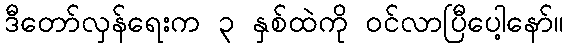
ဒီတော်လှန်ရေးက ၃ နှစ်ထဲကို ဝင်လာပြီပေါ့နော်။